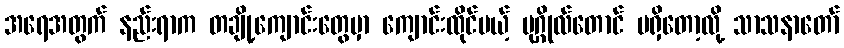
အရေအတွက် နည်းရာက တချို့ကျောင်းတွေမှာ ကျောင်းထိုင်မယ့် ပုဂ္ဂိုလ်တောင် မရှိတော့လို့ သာသနာတော်